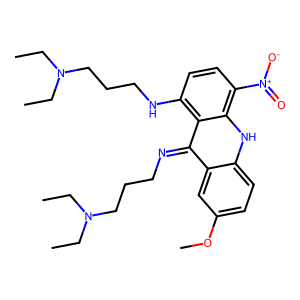
SMILES: CCN(CC)CCCN=c1c2cc(OC)ccc2[nH]c2c([N+](=O)[O-])ccc(NCCCN(CC)CC)c12
Inhibits HIV replication: No